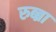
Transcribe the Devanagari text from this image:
रुब्ब्रा